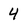
Character: 4